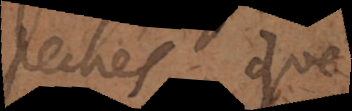
pechés, que